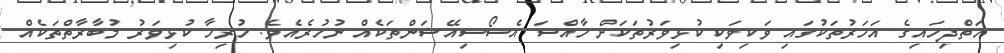
ހަތްދިހައިގެ އަހަރުތަކުގައި ވަކިވަކި ކުޅިވަރުތަކަށް ހާއްސަ އެސޯސިއޭޝަންތަކެއް ނުހުރެއެވެ. ހުރިހާ ކުޅިވަރު މުބާރާތްތަކެއް